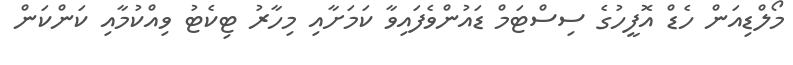
މޯލްޑިއަން ހެޑް އޮފީހުގެ ސިސްޓަމް ޑައުންވެފައިވާ ކަމަށާއި މިހާރު ޓިކެޓު ވިއްކުމާއި ކަންކަން